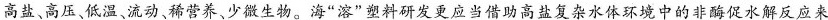
高盐，高压，低温、流动、稀营养、少微生物。海”溶”塑料研发更应当借助高盐复杂水体环境中的非酶促水解反应来